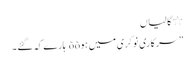
٭ گالیاں
” سرکاری نوکری میں ہوõõ ہارے کہ گئے ۔